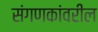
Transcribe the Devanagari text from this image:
संगणकांवरील